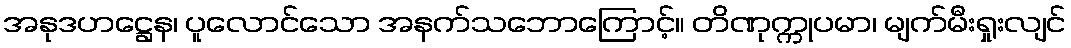
အနုဒဟဋ္ဌေန၊ ပူလောင်သော အနက်သဘောကြောင့်။ တိဏုက္ကုပမာ၊ မျက်မီးရှုးလျင်